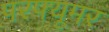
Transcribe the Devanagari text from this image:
परफ्यूमर